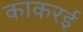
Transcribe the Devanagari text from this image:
काकरई